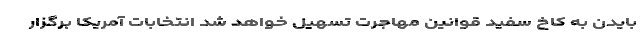
بایدن به کاخ سفید قوانین مهاجرت تسهیل خواهد شد انتخابات آمریکا برگزار